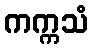
ကက္ကသံ